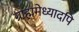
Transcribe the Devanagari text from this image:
ग्राह्ममेध्यादपि